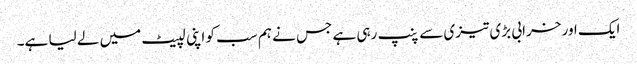
ایک اور خرابی بڑی تیزی سے پنپ رہی ہے جس نے ہم سب کو اپنی لپیٹ میں لے لیا ہے۔